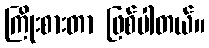
ကြိုးစားတာ ဖြစ်ပါတယ်။